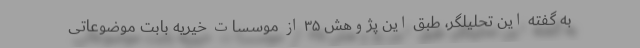
به گفته این تحلیلگر، طبق این پژوهش ۳۵ از موسسات خیریه بابت موضوعاتی